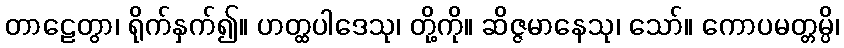
တာဠေတွာ၊ ရိုက်နှက်၍။ ဟတ္ထပါဒေသု၊ တို့ကို။ ဆိဇ္ဇမာနေသု၊ သော်။ ကောပမတ္တမ္ပိ၊